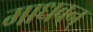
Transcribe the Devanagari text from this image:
माधवन्